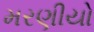
મરણીયો